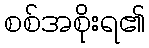
စစ်အစိုးရ၏